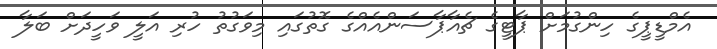
އެމްޑީޕީގެ ހިންގުމަށް ޕާޓީގެ ޗެއާޕާސަންއެއްގެ ގޮތުގައި މިވަގުތު ހުރި އަލީ ވަހީދަށް ބަލާ